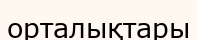
орталықтары